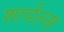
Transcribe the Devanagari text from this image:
शार्पल्स